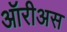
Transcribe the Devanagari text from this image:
ऑरीअस